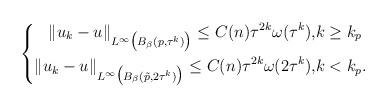
LaTeX: \begin{align*}\left\{\begin{aligned}\|u_k - u\|_{L^\infty\big(B_\beta(p,\tau^k)\big)} \le C(n) \tau^{2k} \omega(\tau^k), & k\ge k_p\\\|u_k - u\|_{L^\infty\big(B_\beta(\tilde p,2 \tau^k)\big)} \le C(n) \tau^{2k}\omega(2\tau^k), & k<k_p.\end{aligned}\right.\end{align*}